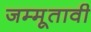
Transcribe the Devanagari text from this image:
जम्मूतावी